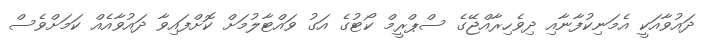
ދައުވާއަކީ އެމަނިކުފާނާއި ދިވެހިރާއްޖޭގެ ސްޕްރީމް ކޯޓުގެ އަގު ވައްޓާލުމަށް ކޮށްފައިވާ ދައުވާއެއް ކަމަށްވެސް